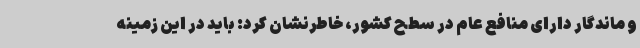
و ماندگار دارای منافع عام در سطح کشور، خاطرنشان کرد: باید در این زمینه